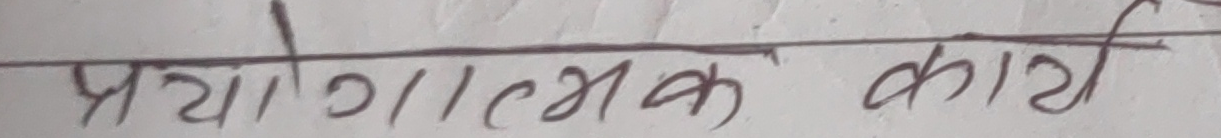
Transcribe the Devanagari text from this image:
प्रायोगात्मक कार्य